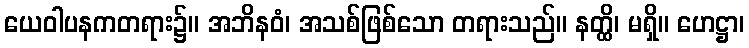
ယေဝါပနကတရား၌။ အဘိနဝံ၊ အသစ်ဖြစ်သော တရားသည်။ နတ္ထိ၊ မရှိ။ ဟေဋ္ဌာ၊